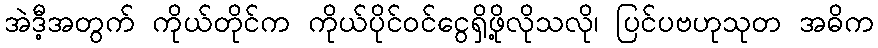
အဲဒီ့အတွက် ကိုယ်တိုင်က ကိုယ်ပိုင်ဝင်ငွေရှိဖို့လိုသလို၊ ပြင်ပဗဟုသုတ အဓိက